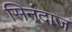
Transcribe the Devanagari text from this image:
सिनंदाज